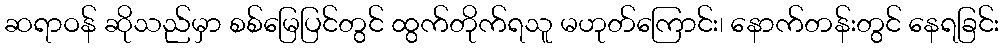
ဆရာဝန် ဆိုသည်မှာ စစ်မြေပြင်တွင် ထွက်တိုက်ရသူ မဟုတ်ကြောင်း၊ နောက်တန်းတွင် နေရခြင်း